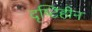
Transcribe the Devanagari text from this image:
दृष्‍टिहीन